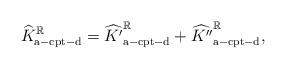
LaTeX: \begin{align*}\widehat{K}_\mathrm{a-cpt-d}^\mathbb{R}&=\widehat{K'}_\mathrm{a-cpt-d}^\mathbb{R}+\widehat{K''}_\mathrm{a-cpt-d}^\mathbb{R},\end{align*}